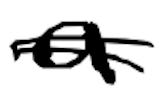
Text: a
Cross-out: mix
Writing tool: digital_black